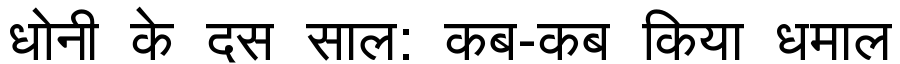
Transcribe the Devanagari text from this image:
धोनी के दस साल: कब-कब किया धमाल